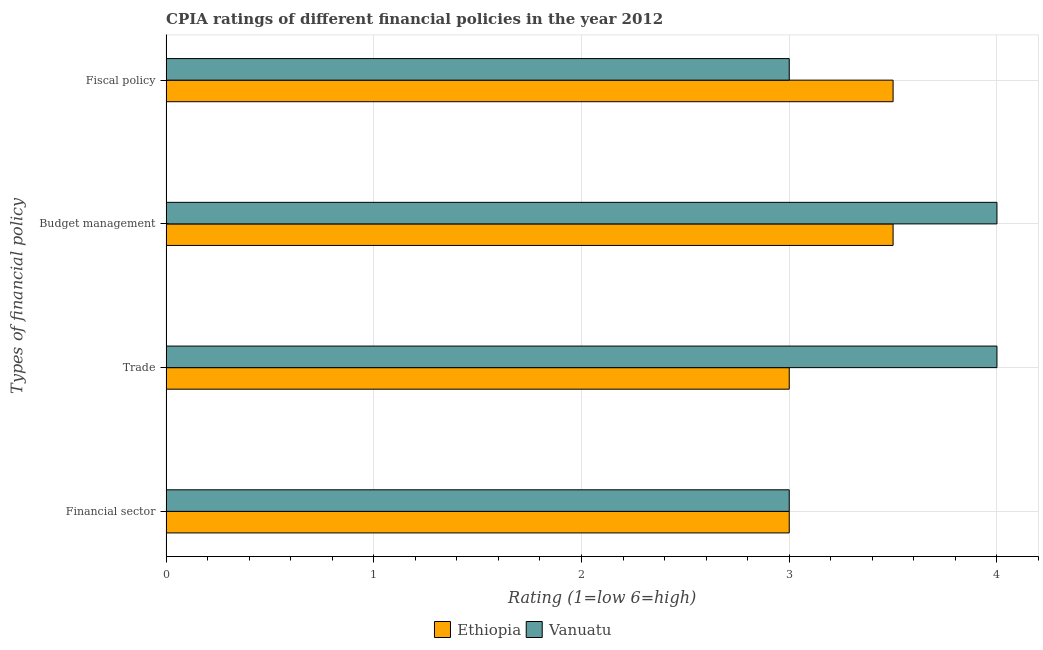
| Types of financial policy | Ethiopia | Vanuatu |
 | --- | --- | --- |
 | Financial sector | 3 | 3 |
 | Trade | 3 | 4 |
 | Budget management | 3.5 | 4 |
 | Fiscal policy | 3.5 | 3 |